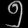
Digit: ၅